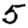
Digit: 5